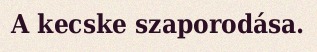
A kecske szaporodása.